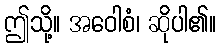
ဤသို့။ အဝေါစံ၊ ဆိုပါ၏။